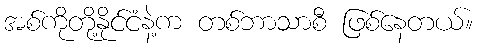
အစ်ကိုတို့နိုင်ငံနဲ့က တစ်ဘာသာစီ ဖြစ်နေတယ်။